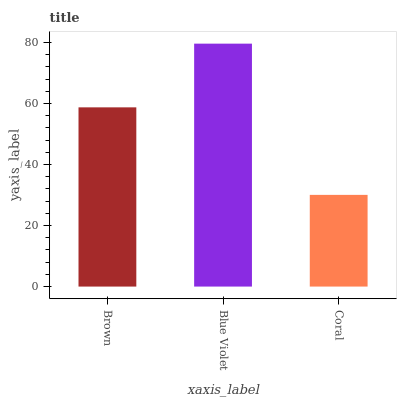
| xaxis_label | bars |
 | --- | --- |
 | Brown | 58.8 |
 | Blue Violet | 79.6 |
 | Coral | 30.1 |